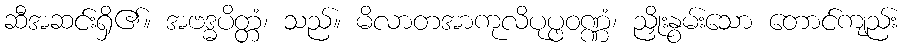
ဆီအဆင်းရှိ၏။ အဗဒ္ဓပိတ္တံ၊ သည်။ မိလာတအာကုလိပုပ္ဖဝဏ္ဏံ၊ ညှိုးနွမ်းသော တောင်ကျည်း